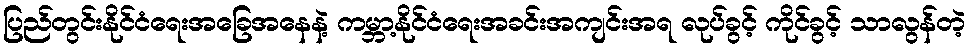
ပြည်တွင်းနိုင်ငံရေးအခြေအနေနဲ့ ကမ္ဘာ့နိုင်ငံရေးအခင်းအကျင်းအရ လုပ်ခွင့် ကိုင်ခွင့် သာလွန်တဲ့